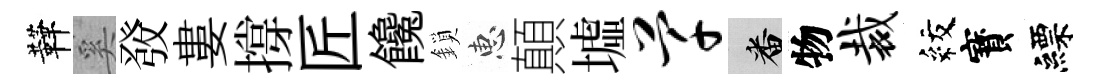
鞾奚𤼲婁撐匠饞鎖惠顛墟芊番物裁紋寳縹